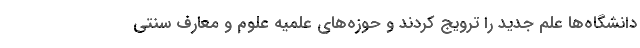
دانشگاه‌ها علم جدید را ترویج کردند و حوزه‌های علمیه علوم و معارف سنتی